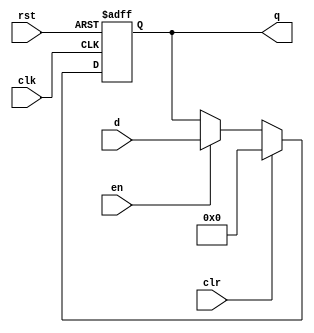
module flopenrc #(parameter WIDTH=8)(
    input clk,en,rst,clr,
    input [WIDTH-1:0] d,
    output reg [ WIDTH-1:0] q
);
    always @(posedge clk, posedge rst) begin
        if(rst) begin
            q <= 0;
        end
        else if(clr) begin
            q <= 0;
        end
        else if(en) begin
            q <= d;
        end
        else begin
            q <= q;
        end
    end
endmodule